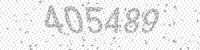
Solution: 405489